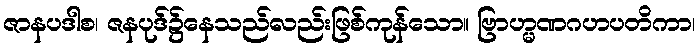
ဇာနပဒါစ၊ ဇနပုဒ်၌နေသည်လည်းဖြစ်ကုန်သော။ ဗြာဟ္မဏဂဟပတိကာ၊